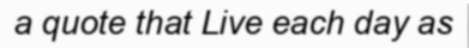
a quote that Live each day as